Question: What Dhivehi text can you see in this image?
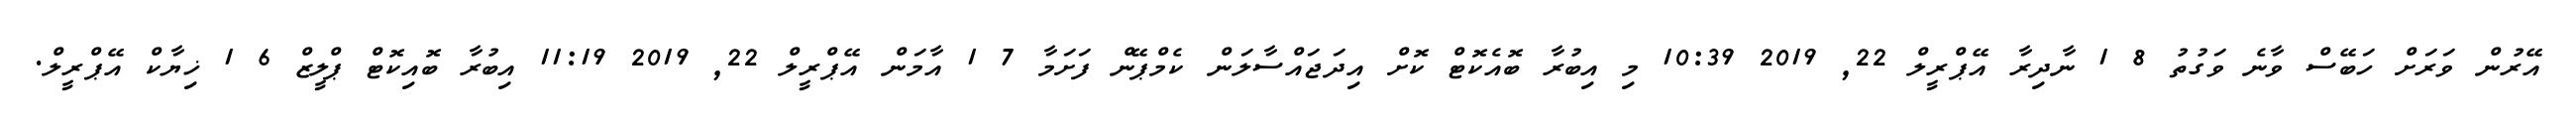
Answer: އޭރުން ވަރަށް ހަބޭސް ވާނެ ވަގުތު 8 1 ނާދިރާ އޭޕްރީލް 22, 2019 10:39 މި އިބުރާ ބޮއެކޮޓް ކޮށް އިދަޖައްސާލަން ކެމްޕޭން ފަށަމާ 7 1 އާމަން އޭޕްރީލް 22, 2019 11:19 އިބުރާ ބޮއިކޮޓް ޕްލީޒް 6 1 ޚިޔާކް އޭޕްރީލް.